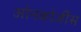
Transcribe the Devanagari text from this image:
ओनकोजींस